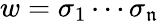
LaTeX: w=\sigma_{1}\cdots\sigma_{\mathfrak{n}}